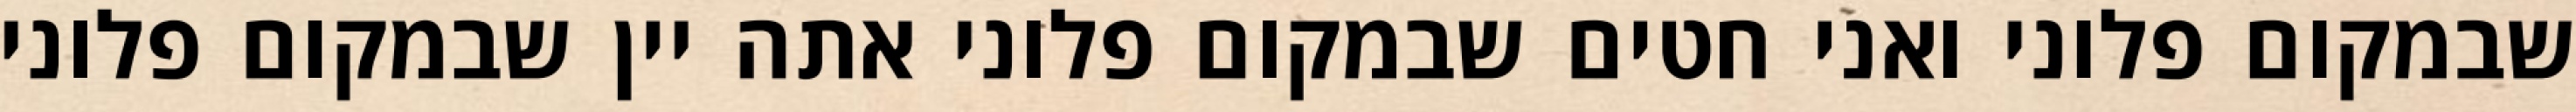
שבמקום פלוני ואני חטים שבמקום פלוני אתה יין שבמקום פלוני